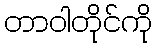
တာဝါတိုင်ကို